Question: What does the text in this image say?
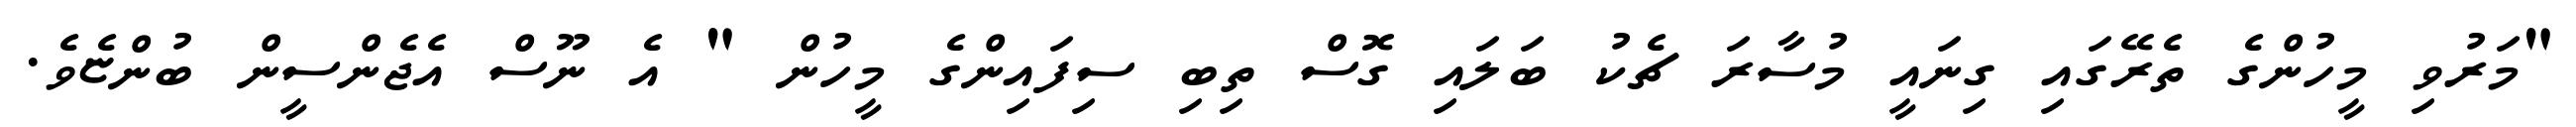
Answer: "މަރުވި މީހުންގެ ތެރޭގައި ގިނައީ މުސާރަ ޗެކު ބަލައި ގޮސް ތިބި ސިފައިންގެ މީހުން " އެ ނޫސް އެޖެންސީން ބުންޏެވެ.